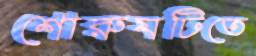
শোরুমটিতে